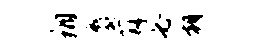
翔麝薜必朝